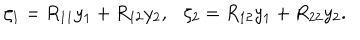
LaTeX: \zeta _ { 1 } = R _ { 1 1 } y _ { 1 } + R _ { 1 2 } y _ { 2 } , \zeta _ { 2 } = R _ { 1 2 } y _ { 1 } + R _ { 2 2 } y _ { 2 } .